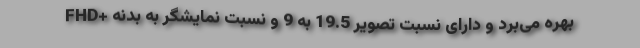
FHD+ بهره می‌برد و دارای نسبت تصویر 19.5 به 9 و نسبت نمایشگر به بدنه